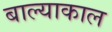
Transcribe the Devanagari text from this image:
बाल्याकाल